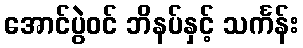
အောင်ပွဲဝင် ဘိနပ်နှင့် သင်္ကန်း